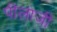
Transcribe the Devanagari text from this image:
पीलाजी